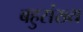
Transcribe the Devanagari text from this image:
बहुसंख्‍य